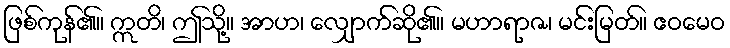
ဖြစ်ကုန်၏။ ဣတိ၊ ဤသို့။ အာဟ၊ လျှောက်ဆို၏။ မဟာရာဇ၊ မင်းမြတ်။ ဧဝမေဝ